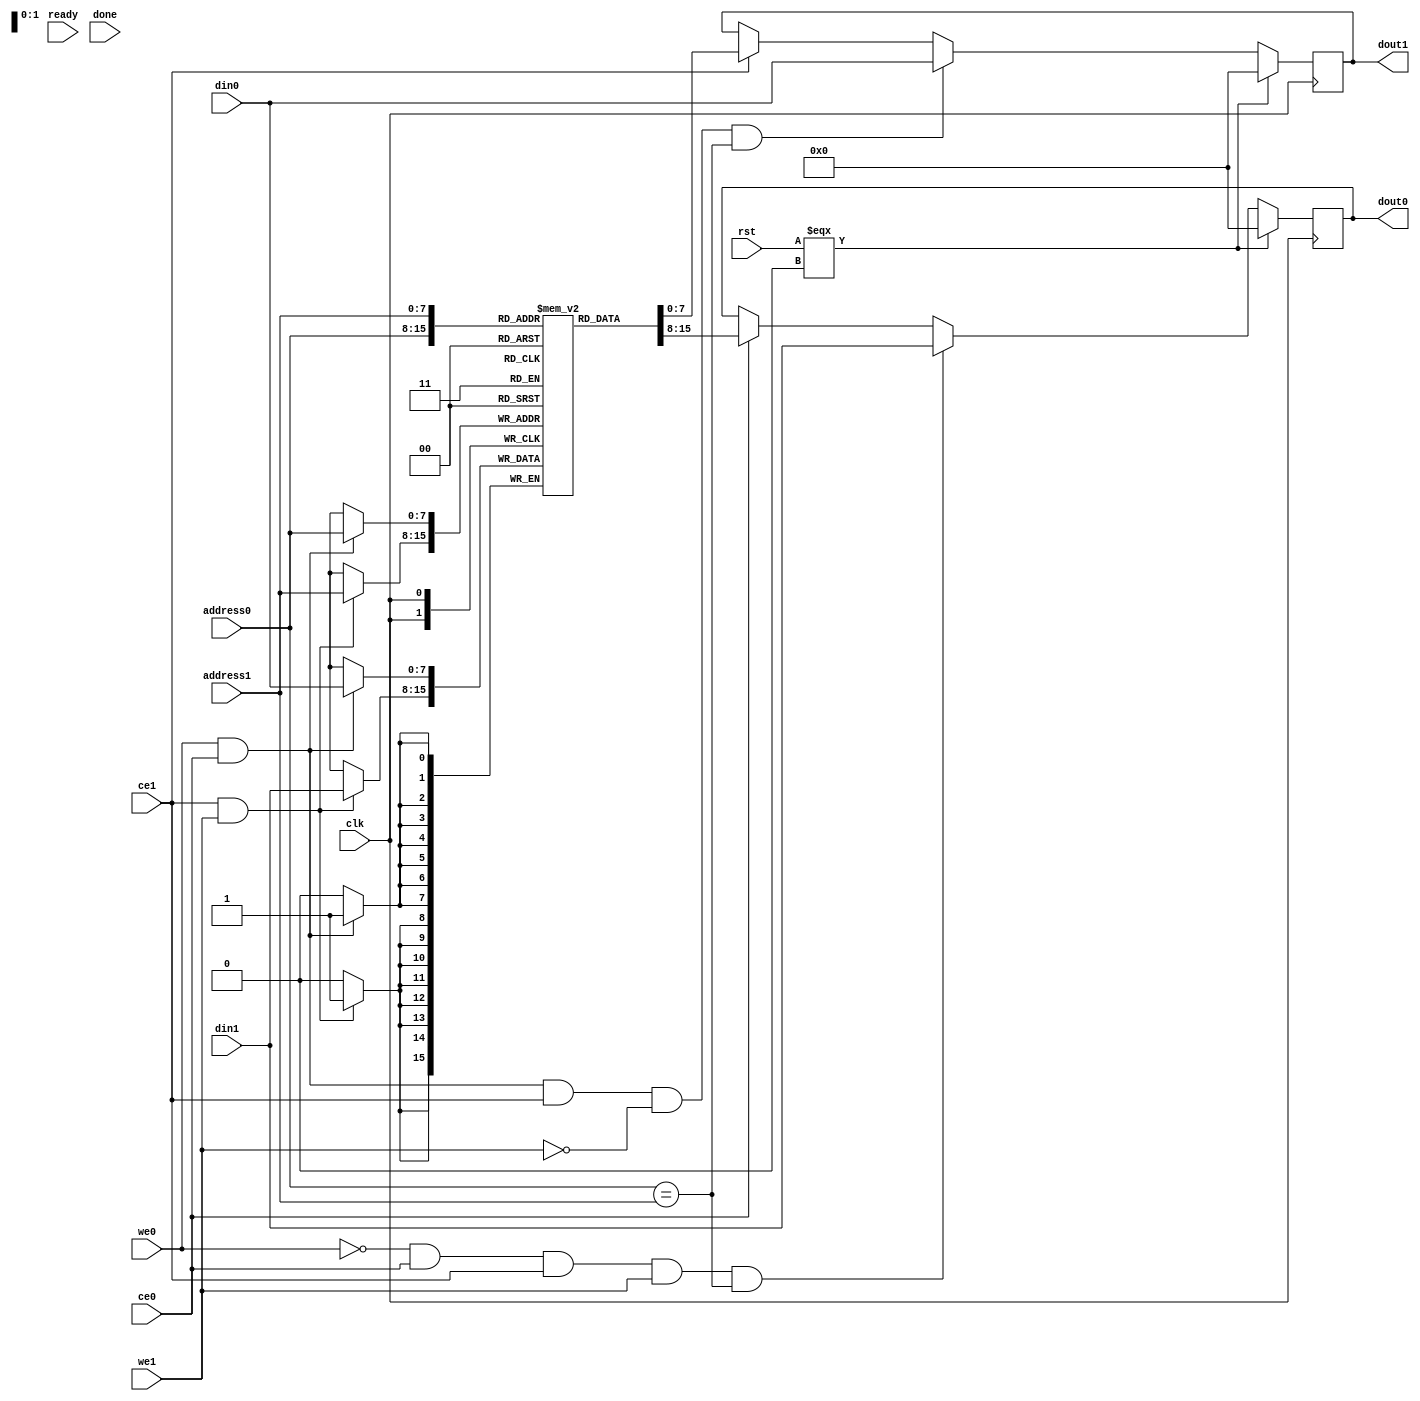
// ==============================================================
// File generated by Vivado(TM) HLS - High-Level Synthesis from C, C++ and SystemC
// Version: 2018.2
// Copyright (C) 1986-2018 Xilinx, Inc. All Rights Reserved.
// 
// ==============================================================

`timescale 1 ns / 1 ps

`define AES
module AESL_automem_RoundKey (
    clk,
    rst,
    ce0,
    we0,
    address0,
    din0,
    dout0,
    ce1,
    we1,
    address1,
    din1,
    dout1,
    ready,
    done
);

//------------------------Parameter----------------------
localparam
    TV_IN  = "../tv/cdatafile/c.Cipher.autotvin_RoundKey.dat", 
    TV_OUT = "../tv/rtldatafile/rtl.Cipher.autotvout_RoundKey.dat"; 
//------------------------Local signal-------------------
parameter DATA_WIDTH = 32'd 8;
parameter ADDR_WIDTH = 32'd 8;
parameter DEPTH = 32'd 240;
parameter DLY = 0.1;

// Input and Output
input clk;
input rst;
input ce0, ce1;
input we0, we1;
input [ADDR_WIDTH - 1 : 0] address0, address1;
input [DATA_WIDTH - 1 : 0] din0, din1;
output reg [DATA_WIDTH - 1 : 0] dout0, dout1;
input ready;
input done;

// Inner signals
reg [DATA_WIDTH - 1 : 0] mem [0 : DEPTH - 1];
initial begin : initialize_mem
    integer i;
    for(i=0;i<DEPTH;i = i + 1) begin
        mem[0] = 'd0;
    end
    mem[0]   =   'h2b;
    mem[1]   =   'h7e;
    mem[2]   =   'h15;
    mem[3]   =   'h16;
    mem[4]   =   'h28;
    mem[5]   =   'hae;
    mem[6]   =   'hd2;
    mem[7]   =   'ha6;
    mem[8]   =   'hab;
    mem[9]   =   'hf7;
    mem[10]  =   'h15;
    mem[11]  =   'h88;
    mem[12]  =   'h09;
    mem[13]  =   'hcf;
    mem[14]  =   'h4f;
    mem[15]  =   'h3c;
    mem[16]  =   'ha0;
    mem[17]  =   'hfa;
    mem[18]  =   'hfe;
    mem[19]  =   'h17;
    mem[20]  =   'h88;
    mem[21]  =   'h54;
    mem[22]  =   'h2c;
    mem[23]  =   'hb1;
    mem[24]  =   'h23;
    mem[25]  =   'ha3;
    mem[26]  =   'h39;
    mem[27]  =   'h39;
    mem[28]  =   'h2a;
    mem[29]  =   'h6c;
    mem[30]  =   'h76;
    mem[31]  =   'h05;
    mem[32]  =   'hf2;
    mem[33]  =   'hc2;
    mem[34]  =   'h95;
    mem[35]  =   'hf2;
    mem[36]  =   'h7a;
    mem[37]  =   'h96;
    mem[38]  =   'hb9;
    mem[39]  =   'h43;
    mem[40]  =   'h59;
    mem[41]  =   'h35;
    mem[42]  =   'h80;
    mem[43]  =   'h7a;
    mem[44]  =   'h73;
    mem[45]  =   'h59;
    mem[46]  =   'hf6;
    mem[47]  =   'h7f;
    mem[48]  =   'h3d;
    mem[49]  =   'h80;
    mem[50]  =   'h47;
    mem[51]  =   'h7d;
    mem[52]  =   'h47;
    mem[53]  =   'h16;
    mem[54]  =   'hfe;
    mem[55]  =   'h3e;
    mem[56]  =   'h1e;
    mem[57]  =   'h23;
    mem[58]  =   'h7e;
    mem[59]  =   'h44;
    mem[60]  =   'h6d;
    mem[61]  =   'h7a;
    mem[62]  =   'h88;
    mem[63]  =   'h3b;
    mem[64]  =   'hef;
    mem[65]  =   'h44;
    mem[66]  =   'ha5;
    mem[67]  =   'h41;
    mem[68]  =   'ha8;
    mem[69]  =   'h52;
    mem[70]  =   'h5b;
    mem[71]  =   'h7f;
    mem[72]  =   'hb6;
    mem[73]  =   'h71;
    mem[74]  =   'h25;
    mem[75]  =   'h3b;
    mem[76]  =   'hdb;
    mem[77]  =   'h0b;
    mem[78]  =   'had;
    mem[79]  =   'h00;
    mem[80]  =   'hd4;
    mem[81]  =   'hd1;
    mem[82]  =   'hc6;
    mem[83]  =   'hf8;
    mem[84]  =   'h7c;
    mem[85]  =   'h83;
    mem[86]  =   'h9d;
    mem[87]  =   'h87;
    mem[88]  =   'hca;
    mem[89]  =   'hf2;
    mem[90]  =   'hb8;
    mem[91]  =   'hbc;
    mem[92]  =   'h11;
    mem[93]  =   'hf9;
    mem[94]  =   'h15;
    mem[95]  =   'hbc;
    mem[96]  =   'h6d;
    mem[97]  =   'h88;
    mem[98]  =   'ha3;
    mem[99]  =   'h7a;
    mem[100] =   'h11;
    mem[101] =   'h0b;
    mem[102] =   'h3e;
    mem[103] =   'hfd;
    mem[104] =   'hdb;
    mem[105] =   'hf9;
    mem[106] =   'h86;
    mem[107] =   'h41;
    mem[108] =   'hca;
    mem[109] =   'h00;
    mem[110] =   'h93;
    mem[111] =   'hfd;
    mem[112] =   'h4e;
    mem[113] =   'h54;
    mem[114] =   'hf7;
    mem[115] =   'h0e;
    mem[116] =   'h5f;
    mem[117] =   'h5f;
    mem[118] =   'hc9;
    mem[119] =   'hf3;
    mem[120] =   'h84;
    mem[121] =   'ha6;
    mem[122] =   'h4f;
    mem[123] =   'hb2;
    mem[124] =   'h4e;
    mem[125] =   'ha6;
    mem[126] =   'hdc;
    mem[127] =   'h4f;
    mem[128] =   'hea;
    mem[129] =   'hd2;
    mem[130] =   'h73;
    mem[131] =   'h21;
    mem[132] =   'hb5;
    mem[133] =   'h8d;
    mem[134] =   'hba;
    mem[135] =   'hd2;
    mem[136] =   'h31;
    mem[137] =   'h2b;
    mem[138] =   'hf5;
    mem[139] =   'h60;
    mem[140] =   'h7f;
    mem[141] =   'h8d;
    mem[142] =   'h29;
    mem[143] =   'h2f;
    mem[144] =   'hac;
    mem[145] =   'h77;
    mem[146] =   'h66;
    mem[147] =   'hf3;
    mem[148] =   'h19;
    mem[149] =   'hfa;
    mem[150] =   'hdc;
    mem[151] =   'h21;
    mem[152] =   'h28;
    mem[153] =   'hd1;
    mem[154] =   'h29;
    mem[155] =   'h41;
    mem[156] =   'h57;
    mem[157] =   'h5c;
    mem[158] =   'h00;
    mem[159] =   'h6e;
    mem[160] =   'hd0;
    mem[161] =   'h14;
    mem[162] =   'hf9;
    mem[163] =   'ha8;
    mem[164] =   'hc9;
    mem[165] =   'hee;
    mem[166] =   'h25;
    mem[167] =   'h89;
    mem[168] =   'he1;
    mem[169] =   'h3f;
    mem[170] =   'h0c;
    mem[171] =   'hc8;
    mem[172] =   'hb6;
    mem[173] =   'h63;
    mem[174] =   'h0c;
    mem[175] =   'ha6;
    mem[176] =   'h00;
    mem[177] =   'h01;
    mem[178] =   'h02;
    mem[179] =   'h03;
    mem[180] =   'h04;
    mem[181] =   'h05;
    mem[182] =   'h06;
    mem[183] =   'h07;
    mem[184] =   'h08;
    mem[185] =   'h09;
    mem[186] =   'h0a;
    mem[187] =   'h0b;
    mem[188] =   'h0c;
    mem[189] =   'h0d;
    mem[190] =   'h0e;
    mem[191] =   'h0f;
    mem[192] =   'h6b;
    mem[193] =   'hc0;
    mem[194] =   'hbc;
    mem[195] =   'he1;
    mem[196] =   'h2a;
    mem[197] =   'h45;
    mem[198] =   'h99;
    mem[199] =   'h91;
    mem[200] =   'he1;
    mem[201] =   'h34;
    mem[202] =   'h74;
    mem[203] =   'h1a;
    mem[204] =   'h7f;
    mem[205] =   'h9e;
    mem[206] =   'h19;
    mem[207] =   'h25;
    mem[208] =   'hae;
    mem[209] =   'h2d;
    mem[210] =   'h8a;
    mem[211] =   'h57;
    mem[212] =   'h1e;
    mem[213] =   'h03;
    mem[214] =   'hac;
    mem[215] =   'h9c;
    mem[216] =   'h9e;
    mem[217] =   'hb7;
    mem[218] =   'h6f;
    mem[219] =   'hac;
    mem[220] =   'h45;
    mem[221] =   'haf;
    mem[222] =   'h8e;
    mem[223] =   'h51;
    mem[224] =   'h30;
    mem[225] =   'hc8;
    mem[226] =   'h1c;
    mem[227] =   'h46;
    mem[228] =   'ha3;
    mem[229] =   'h5c;
    mem[230] =   'he4;
    mem[231] =   'h11;
    mem[232] =   'he5;
    mem[233] =   'hfb;
    mem[234] =   'hc1;
    mem[235] =   'h19;
    mem[236] =   'h1a;
    mem[237] =   'h0a;
    mem[238] =   'h52;
    mem[239] =   'hef;
    /*for (i = 0; i < DEPTH; i = i + 1) begin;
        mem[i] = 0;
    end*/
end
//reg writed_flag;
//event write_process_done;
//------------------------Task and function--------------
/*task read_token;
    input integer fp;
    output reg [127 :0] token;
    integer ret;
    begin
        token = "";
        ret = 0;
        ret = $fscanf(fp,"%s",token);
    end
endtask

//------------------------Read array-------------------

// Read data form file to array
initial begin : read_file_process
    integer fp;
    integer err;
    integer ret;
    reg [127 : 0] token;
    reg [ 8*5 : 1] str;
    reg [ DATA_WIDTH - 1 : 0 ] mem_tmp;
    integer transaction_idx;
    integer i;
    transaction_idx = 0;

    wait(rst === 0);
    @(write_process_done);
    fp = $fopen(TV_IN,"r");
    if(fp == 0) begin       // Failed to open file
        $display("Failed to open file \"%s\"!", TV_IN);
        $finish;
    end
    read_token(fp, token);
    if (token != "[[[runtime]]]") begin             // Illegal format
        $display("ERROR: Simulation using HLS TB failed.");
        $finish;
    end
    read_token(fp, token);
    while (token != "[[[/runtime]]]") begin
        if (token != "[[transaction]]") begin
            $display("ERROR: Simulation using HLS TB failed.");
		  $finish;
        end
        read_token(fp, token);              // skip transaction number
        while(ready == 0) begin
            @(write_process_done);
        end
        for(i = 0; i < DEPTH; i = i + 1) begin
            read_token(fp, token);
            ret = $sscanf(token, "0x%x", mem_tmp);
            mem[i] = mem_tmp;
            if (ret != 1) begin
                $display("Failed to parse token!");
                $finish;
            end
        end
        @(write_process_done);
        read_token(fp, token);
        if(token != "[[/transaction]]") begin
            $display("ERROR: Simulation using HLS TB failed.");
            $finish;
        end
        read_token(fp, token);
        transaction_idx = transaction_idx + 1;
    end
    $fclose(fp);
end
*/
// Read data from array to RTL
always @ (posedge clk) begin
    if(rst === 0) begin
        dout0 <= 0;
    end
    else begin
	  if((we0 == 0) && (ce0 == 1) && (ce1 == 1) && (we1 == 1) && (address0 == address1))
	      dout0 <= #DLY din1;
	  else if(ce0 == 1)
	      dout0 <= #DLY mem[address0];
        else ;
    end
end

always @ (posedge clk) begin
    if(rst === 0) begin
        dout1 <= 0;
    end
    else begin
	  if((we0 == 1) && (ce0 == 1) && (ce1 == 1) && (we1 == 0) && (address0 == address1))
            dout1 <= #DLY din0;
	  else if(ce1 == 1)
            dout1 <= #DLY mem[address1];
        else ;
    end
end

//------------------------Write array-------------------
// Write data from RTL to array
always @ (posedge clk) begin
    if ((we0 == 1) && (ce0 == 1))
        mem[address0] <= #DLY din0;
    if((ce1 == 1) && (we1 == 1))
        mem[address1] <= #DLY din1;
end

// Write data from RTL to array
/*always @ (posedge clk) begin
    if ((we0 == 1) && (ce0 == 1))
        mem[address0] <= #DLY din0;
end

always @ (posedge clk) begin
    if((ce1 == 1) && (we1 == 1))
        mem[address1] <= #DLY din1;
end*/
/*
// Write data from array to file
initial begin : write_file_proc
    integer fp;
    integer transaction_num;
    reg [ 8*5 : 1] str;
    integer i;
    transaction_num = 0;
    writed_flag = 1;
    wait(rst === 0);
    @(negedge clk);
    while(1) begin
        while(done == 0) begin
            -> write_process_done;
            @(negedge clk);
        end
        fp = $fopen(TV_OUT, "a");
        if(fp == 0) begin       // Failed to open file
            $display("Failed to open file \"%s\"!", TV_OUT);
            $finish;
        end
        $fdisplay(fp, "[[transaction]] %d", transaction_num);
	      for (i = 0; i < DEPTH; i = i + 1) begin
            $fdisplay(fp,"0x%x",mem[i]);
        end
        $fdisplay(fp, "[[/transaction]]");
        transaction_num = transaction_num + 1;
        $fclose(fp);
        writed_flag = 1;
        -> write_process_done;
        @(negedge clk);
    end
end

//------------------------conflict check-------------------
always @ (posedge clk) begin
    if ((we0 == 1) && (ce0 == 1) && (ce1 == 1) && (we1 == 1) && (address0 == address1))
        $display($time,"WARNING:write conflict----port0 and port1 write to the same address:%h at the same clock. Port1 has the high priority.",address0);
end

always @ (posedge clk) begin
    if ((we0 == 1) && (ce0 == 1) && (ce1 == 1) && (we1 == 0) && (address0 == address1))
        $display($time,"NOTE:read & write conflict----port0 write and port1 read to the same address:%h at the same clock. Write first Mode.",address0);
end

always @ (posedge clk) begin
    if ((we0 == 0) && (ce0 == 1) && (ce1 == 1) && (we1 == 1) && (address0 == address1))
        $display($time,"NOTE:read & write conflict----port0 read and port1 write to the same address:%h at the same clock. Write first Mode.",address0);
end
*/
endmodule